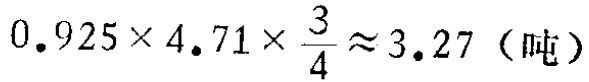
\(0.925\times 4.71\times\frac{3}{4}\approx 3.27（吨）\)